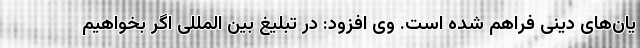
یان‌های دینی فراهم شده است. وی افزود: در تبلیغ بین المللی اگر بخواهیم